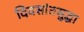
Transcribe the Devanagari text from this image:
दिवसांतसुद्धा